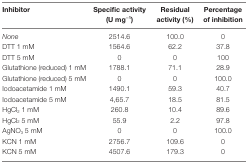
<table><thead><tr><td><b>Inhibitor</b></td><td><b>Specific activity (U mg<sup>−1</sup>)</b></td><td><b>Residual activity (%)</b></td><td><b>Percentage of inhibition</b></td></tr></thead><tbody><tr><td><i>None</i></td><td>2514.6</td><td>100.0</td><td>0</td></tr><tr><td>DTT 1 mM</td><td>1564.6</td><td>62.2</td><td>37.8</td></tr><tr><td>DTT 5 mM</td><td>0</td><td>0</td><td>100</td></tr><tr><td>Glutathione (reduced) 1 mM</td><td>1788.1</td><td>71.1</td><td>28.9</td></tr><tr><td>Glutathione (reduced) 5 mM</td><td>0</td><td>0</td><td>100.0</td></tr><tr><td>Iodoacetamide 1 mM</td><td>1490.1</td><td>59.3</td><td>40.7</td></tr><tr><td>Iodoacetamide 5 mM</td><td>4,65.7</td><td>18.5</td><td>81.5</td></tr><tr><td>HgCl<sub>2</sub> 1 mM</td><td>260.8</td><td>10.4</td><td>89.6</td></tr><tr><td>HgCl<sub>2</sub> 5 mM</td><td>55.9</td><td>2.2</td><td>97.8</td></tr><tr><td>AgNO<sub>3</sub> 5 mM</td><td>0</td><td>0</td><td>100.0</td></tr><tr><td>KCN 1 mM</td><td>2756.7</td><td>109.6</td><td>0</td></tr><tr><td>KCN 5 mM</td><td>4507.6</td><td>179.3</td><td>0</td></tr></tbody></table>